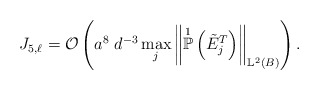
\begin{align*}J_{5,\ell} = \mathcal{O}\left( a^{8} \; d^{-3} \max_{j} \left\Vert \overset{1}{\mathbb{P}}\left( \tilde{E}^{T}_j\right) \right\Vert_{\mathbb{L}^{2}(B)} \right).\end{align*}